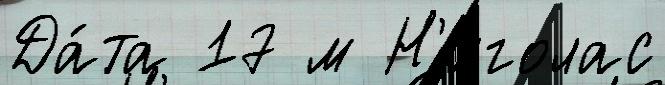
Да́та 17 м Н'иголас